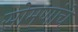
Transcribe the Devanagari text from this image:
सोमणांचे